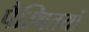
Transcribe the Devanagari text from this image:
पैस्थितयों